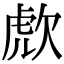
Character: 𣣍